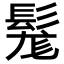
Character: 𩭒